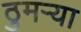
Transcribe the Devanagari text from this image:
ठुमऱ्या